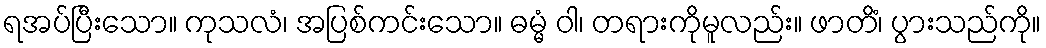
ရအပ်ပြီးသော။ ကုသလံ၊ အပြစ်ကင်းသော။ ဓမ္မံ ဝါ၊ တရားကိုမူလည်း။ ဖာတိံ၊ ပွားသည်ကို။